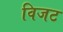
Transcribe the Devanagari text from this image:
विजट